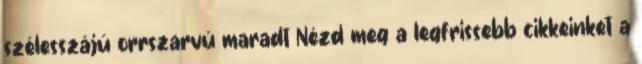
szélesszájú orrszarvú maradt Nézd meg a legfrissebb cikkeinket a